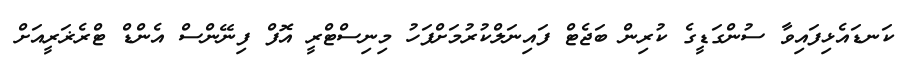
ކަނޑައެޅިފައިވާ ސުންގަޑީގެ ކުރިން ބަޖެޓް ފައިނަލްކުރުމަށްފަހު މިނިސްޓްރީ އޮފް ފިނޭންސް އެންޑް ޓްރެޜަރީއަށް